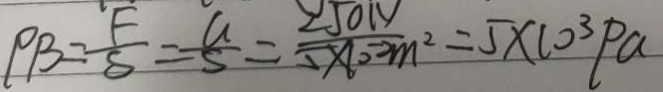
P B = \frac { F } { S } = \frac { G } { s } = \frac { 2 5 0 N } { 5 \times 1 0 ^ { - 2 } m ^ { 2 } } = 5 \times 1 0 ^ { 3 } P a